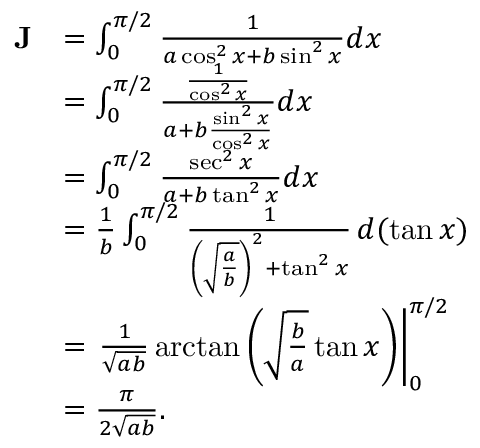
{ \begin{array} { r l } { \mathbf { J } } & { = \int _ { 0 } ^ { \pi / 2 } { \frac { 1 } { a \cos ^ { 2 } x + b \sin ^ { 2 } x } } d x } \\ & { = \int _ { 0 } ^ { \pi / 2 } { \frac { \frac { 1 } { \cos ^ { 2 } x } } { a + b { \frac { \sin ^ { 2 } x } { \cos ^ { 2 } x } } } } d x } \\ & { = \int _ { 0 } ^ { \pi / 2 } { \frac { \sec ^ { 2 } x } { a + b \tan ^ { 2 } x } } d x } \\ & { = { \frac { 1 } { b } } \int _ { 0 } ^ { \pi / 2 } { \frac { 1 } { \left( { \sqrt { \frac { a } { b } } } \right) ^ { 2 } + \tan ^ { 2 } x } } \, d ( \tan x ) } \\ & { = \left. { \frac { 1 } { \sqrt { a b } } } \arctan \left( { \sqrt { \frac { b } { a } } } \tan x \right) \right| _ { 0 } ^ { \pi / 2 } } \\ & { = { \frac { \pi } { 2 { \sqrt { a b } } } } . } \end{array} }